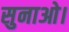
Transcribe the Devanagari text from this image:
सुनाओ।